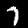
Digit: 7